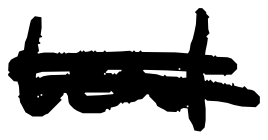
Text: teal
Cross-out: double-line
Writing tool: digital_black